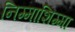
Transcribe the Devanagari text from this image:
निम्माशिम्मा